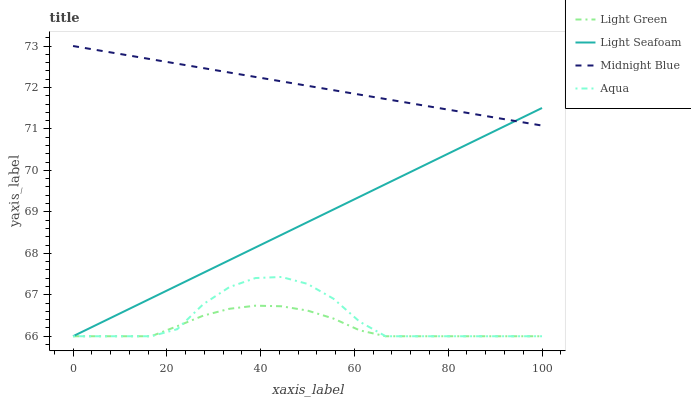
| xaxis_label | Light Green | Light Seafoam | Midnight Blue | Aqua |
 | --- | --- | --- | --- | --- |
 | 0 | 66 | 66 | 73 | 66 |
 | 5.56 | 66 | 66.3 | 72.9 | 66 |
 | 11.1 | 66 | 66.6 | 72.8 | 66 |
 | 16.7 | 66 | 66.9 | 72.7 | 66 |
 | 22.2 | 66.2 | 67.2 | 72.6 | 66.2 |
 | 27.8 | 66.5 | 67.5 | 72.5 | 66.8 |
 | 33.3 | 66.7 | 67.8 | 72.4 | 67.2 |
 | 38.9 | 66.7 | 68.1 | 72.3 | 67.4 |
 | 44.4 | 66.7 | 68.4 | 72.1 | 67.4 |
 | 50 | 66.6 | 68.8 | 72 | 67.3 |
 | 55.6 | 66.4 | 69.1 | 71.9 | 66.9 |
 | 61.1 | 66.1 | 69.4 | 71.8 | 66.4 |
 | 66.7 | 66 | 69.7 | 71.7 | 66 |
 | 72.2 | 66 | 70 | 71.6 | 66 |
 | 77.8 | 66 | 70.3 | 71.5 | 66 |
 | 83.3 | 66 | 70.6 | 71.4 | 66 |
 | 88.9 | 66 | 70.9 | 71.3 | 66 |
 | 94.4 | 66 | 71.2 | 71.2 | 66 |
 | 100 | 66 | 71.5 | 71.1 | 66 |